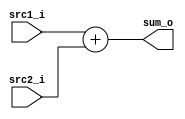
// Hu Dongyao(|) 0340191

//Subject:     CO project 2 - Adder
//--------------------------------------------------------------------------------
//Version:     1
//--------------------------------------------------------------------------------
//Writer:      Luke
//----------------------------------------------
//----------------------------------------------
//Description: 
//--------------------------------------------------------------------------------

module Adder(
   src1_i,
	src2_i,
	sum_o
	);
     
//I/O ports
input  [32-1:0]  src1_i;
input  [32-1:0]  src2_i;
output [32-1:0]  sum_o;

//Internal Signals
wire   [32-1:0]  sum_o;

//Parameter
    
//Main function
assign sum_o = src1_i + src2_i;

endmodule